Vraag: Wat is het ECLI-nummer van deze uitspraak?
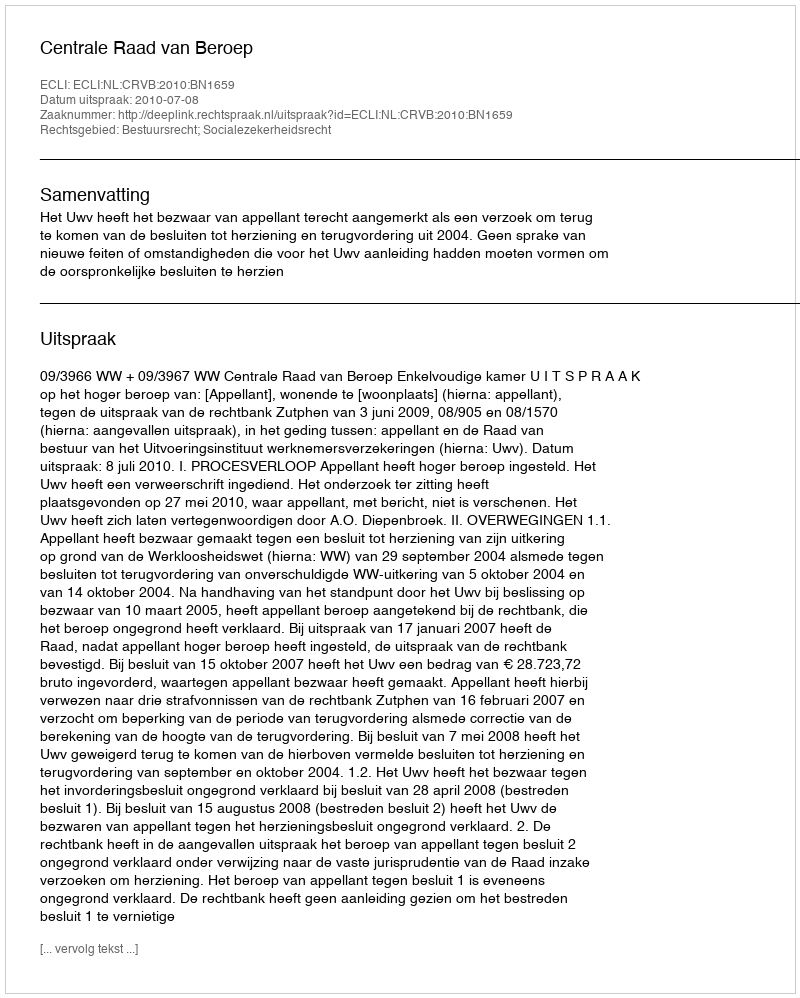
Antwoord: ECLI:NL:CRVB:2010:BN1659